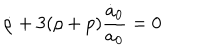
LaTeX: \dot { \rho } + 3 ( \rho + p ) \frac { \dot { a } _ { 0 } } { a _ { 0 } } = 0